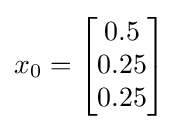
x_{0}={\begin{bmatrix}0.5\\0.25\\0.25\end{bmatrix}}